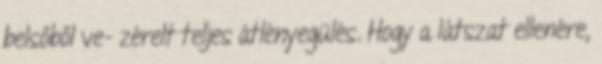
belsőből ve- zérelt teljes átlényegülés. Hogy a látszat ellenére,